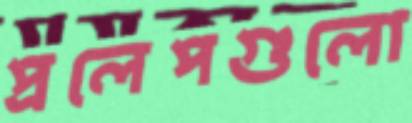
প্রলেপগুলো